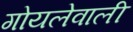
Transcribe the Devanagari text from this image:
गोयलेवाली